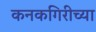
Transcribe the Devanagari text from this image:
कनकगिरीच्या